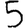
Digit: 5